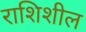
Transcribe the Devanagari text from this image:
राशिशील